Annual report on the Civil Veterinary Department, Burma (including the Insein Veterinary School) - 1910-1922
Year: 1910
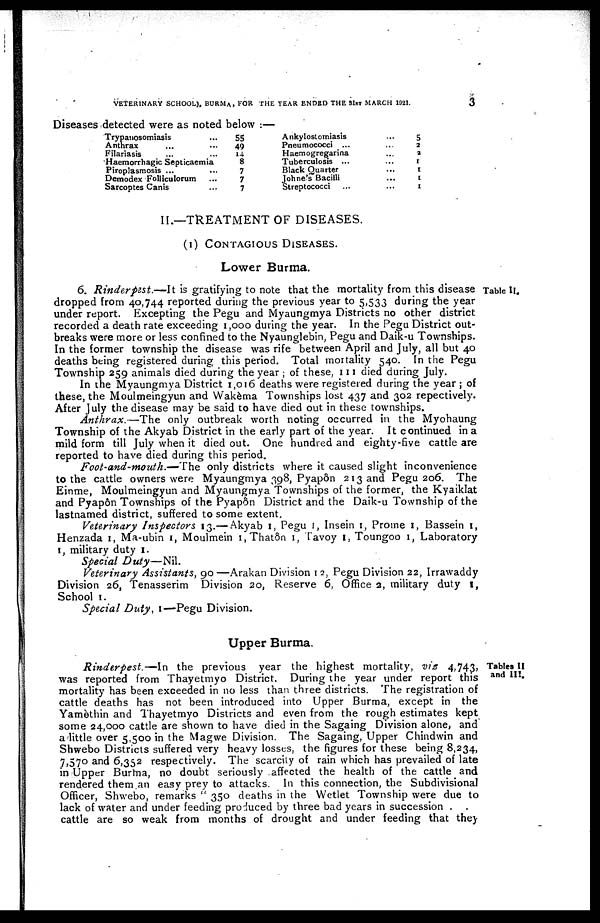
VETERINARY SCHOOL), BURM A , FOR THE YEAR ENDED THE 31st MARCH 1921.
3
Diseases detected were as noted below :—
Trypanosomiasis ...
Anthrax ... ...
Filariasis ... ...
Haemorrhagic Septicaemia
Piroplasmosis ... ...
Demodex Folliculorum ...
Sarcoptes Canis ...
55
49
14
8
7
7
7
Ankylostomiasis
Pneumococci ...
Haemogregarina
Tuberculosis ...
Black Quarter
Johne's Bacilli
Streptococci ...
...
..
...
...
...
...
...
5
2
2
1
1
1
1
II.—TREATMENT OF DISEASES.
(1) CONTAGIOUS DISEASES.
Lower Burma.
Table II.
6. Rinderpest.—It
is gratifying to note that the mortality from this disease
dropped from 40,744 reported during the previous year to 5,533 during the year
under report. Excepting the Pegu and Myaungmya Districts no other district
recorded a death rate exceeding 1,000 during the year. In the Pegu District out-
breaks were more or less confined to the Nyaunglebin, Pegu and Daik-u Townships.
In the former township the disease was rife between April and July, all but 40
deaths being registered during this period. Total mortality 540. In the Pegu
Township 259 animals died during the year ; of these, 111 died during July.
In the Myaungmya District 1,016 deaths were registered during the year; of
these, the Moulmeingyun and Wakèma Townships lost 437 and 302 repectively.
After July the disease may be said to have died out in these townships.
Anthrax.—The
only outbreak worth noting occurred in the Myohaung
Township of the Akyab District in the early part of the year. It continued in a
mild form till July when it died out. One hundred and eighty-five cattle are
reported to have died during this period.
Foot-and-mouth.—The
only districts where it caused slight inconvenience
to the cattle owners were Myaungmya 398, Pyapôn 213 and Pegu 206. The
Einme, Moulmeingyun and Myaungmya Townships of the former, the Kyaiklat
and Pyapôn Townships of the Pyapôn District and the Daik-u Township of the
lastnamed district, suffered to some extent.
Veterinary Inspectors 13.— Akyab 1, Pegu 1, Insein 1, Prome 1, Bassein 1,
Henzada 1, Ma-ubin 1, Moulmein 1, Thatôn 1, Tavoy 1, Toungoo 1, Laboratory
1, military duty 1.
Special
Duty—Nil.
Veterinary Assistants, 90 —Arakan Division 12, Pegu Division 22, Irrawaddy
Division 26, Tenasserim Division 20, Reserve 6, Office 2, military duty 1,
School 1.
Special Duty, 1—Pegu Division.
Upper Burma.
Tables II
and III.
Rinderpest.—In
the previous year the highest mortality, vis 4,743,
was reported from Thayetmyo District. During the year under report this
mortality has been exceeded in no less than three districts. The registration of
cattle deaths has not been introduced into Upper Burma, except in the
Yamèthin and Thayetmyo Districts and even from the rough estimates kept
some 24,000 cattle are shown to have died in the Sagaing Division alone, and
a little over 5,500 in the Magwe Division. The Sagaing, Upper Chindwin and
Shwebo Districts suffered very heavy losses, the figures for these being 8,234,
7,570 and 6,352 respectively. The scarcity of rain which has prevailed of late
in Upper Burma, no doubt seriously affected the health of the cattle and
rendered them an easy prey to attacks. In this connection, the Subdivisional
Officer, Shwebo, remarks " 350 deaths in the Wetlet Township were due to
lack of water and under feeding produced by three bad years in succession . .
cattle are so weak from months of drought and under feeding that they